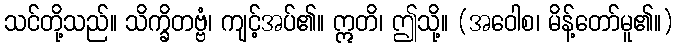
သင်တို့သည်။ သိက္ခိတဗ္ဗံ၊ ကျင့်အပ်၏။ ဣတိ၊ ဤသို့။ (အဝေါစ၊ မိန့်တော်မူ၏။)